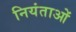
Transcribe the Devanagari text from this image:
नियंताओं